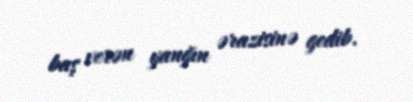
baş verən yanğın ərazisinə gedib.